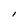
Character: l